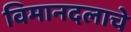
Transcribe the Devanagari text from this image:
विमानदलाचे